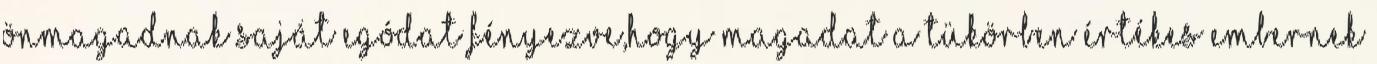
önmagadnak saját egódat fényezve,hogy magadat a tükörben értékes embernek